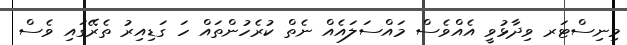
މިނިސްޓަރ ވިދާޅުވީ އެއްވެސް މައްސަލައެއް ނެތް ކުރެހުންތައް ހަ ގަޑިއިރު ތެރޭގައި ވެސް